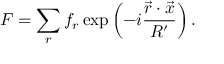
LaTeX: { \cal F } = \sum _ { r } f _ { r } \exp \left( - i \frac { { \vec { r } } \cdot { \vec { x } } } { R ^ { \prime } } \right) .